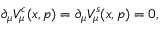
\partial _ { \mu } V _ { \mu } ^ { c } ( x , p ) = \partial _ { \mu } V _ { \mu } ^ { s } ( x , p ) = 0 ,